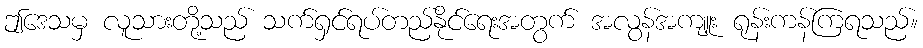
ဤဒေသမှ လူသားတို့သည် သက်ရှင်ရပ်တည်နိုင်ရေးအတွက် အလွန်အကျူး ရုန်းကန်ကြရသည်။